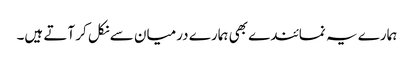
ہمارے یہ نمائندے بھی ہمارے درمیان سے نکل کر آتے ہیں۔